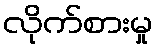
လိုက်စားမှု